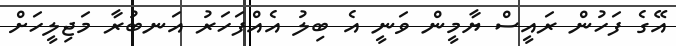
އޭގެ ފަހުން ރައީސް ޔާމީން ވަނީ އެ ބިލު އެއްފަހަރު އަނބުރާ މަޖިލީހަށް